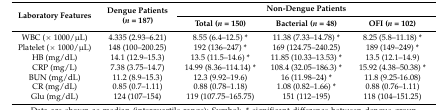
<table><thead><tr><td rowspan="2"><b>Laboratory Features</b></td><td rowspan="2"><b>Dengue Patients (<i>n</i> = 187)</b></td><td colspan="3"><b>Non-Dengue Patients</b></td></tr><tr><td><b>Total (<i>n</i> = 150)</b></td><td><b>Bacterial (<i>n</i> = 48)</b></td><td><b>OFI (<i>n</i> = 102)</b></td></tr></thead><tbody><tr><td>WBC (× 1000/μL)</td><td>4.335 (2.93–6.21)</td><td>8.55 (6.4–12.5) *</td><td>11.38 (7.33–14.78) *</td><td>8.25 (5.8–11.18) *</td></tr><tr><td>Platelet (× 1000/μL)</td><td>148 (100–200.25)</td><td>192 (136–247) *</td><td>169 (124.75–240.25)</td><td>189 (149–249) *</td></tr><tr><td>HB (mg/dL)</td><td>14.1 (12.9–15.3)</td><td>13.5 (11.5–14.6) *</td><td>11.85 (10.33–13.53) *</td><td>13.5 (12.1–14.9)</td></tr><tr><td>CRP (mg/L)</td><td>7.38 (3.75–14.7)</td><td>14.99 (8.36–114.14) *</td><td>108.4 (32.05–186.3) *</td><td>15.92 (4.38–50.38) *</td></tr><tr><td>BUN (mg/dL)</td><td>11.2 (8.9–15.3)</td><td>12.3 (9.92–19.6)</td><td>16 (11.98–24) *</td><td>11.8 (9.25-16.08)</td></tr><tr><td>CR (mg/dL)</td><td>0.85 (0.7–1.11)</td><td>0.88 (0.78–1.18)</td><td>1.08 (0.82–1.66) *</td><td>0.88 (0.76–1.11)</td></tr><tr><td>Glu (mg/dL)</td><td>124 (107–154)</td><td>119 (107.75–165.75)</td><td>151 (112–195)</td><td>118 (104–151.25)</td></tr></tbody></table>